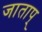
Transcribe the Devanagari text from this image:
जाताप्